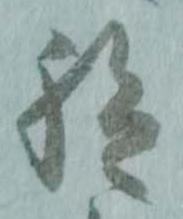
給